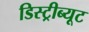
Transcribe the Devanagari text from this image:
डिस्ट्रीब्यूट